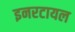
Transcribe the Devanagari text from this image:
इनरटायल